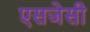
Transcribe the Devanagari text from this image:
एसजेसी